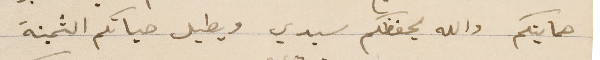
حمايتكم والله يحفظكم سيدي ويطيل حياتكم الثمينة